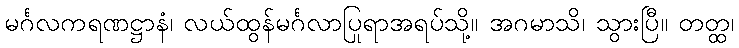
မင်္ဂလကရဏဋ္ဌာနံ၊ လယ်ထွန်မင်္ဂလာပြုရာအရပ်သို့။ အဂမာသိ၊ သွားပြီ။ တတ္ထ၊